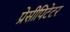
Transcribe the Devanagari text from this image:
प्रेसीपिटेटर